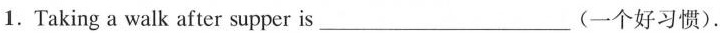
1.Taking a walk after supper is ___ (一个好习惯).